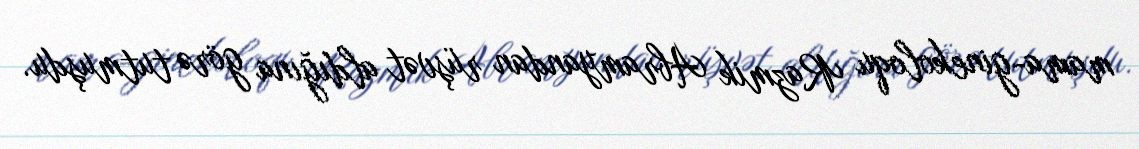
mama-ginekoloqu Razmik Abramyandan rüşvət aldığına görə tutmuşdu.